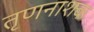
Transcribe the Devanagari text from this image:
तृणनाशक